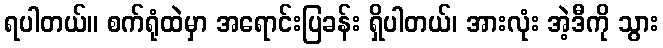
ရပါတယ်။ စက်ရုံထဲမှာ အရောင်းပြခန်း ရှိပါတယ်၊ အားလုံး အဲ့ဒီကို သွား